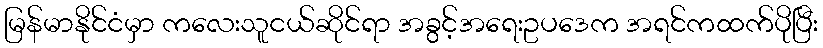
မြန်မာနိုင်ငံမှာ ကလေးသူငယ်ဆိုင်ရာ အခွင့်အရေးဥပဒေက အရင်ကထက်ပိုပြီး